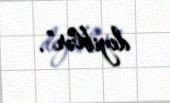
deyiblər”.